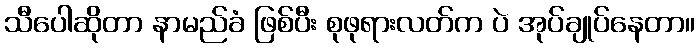
သီပေါဆိုတာ နာမည်ခံ ဖြစ်ပီး စုဖုရားလတ်က ပဲ အုပ်ချုပ်နေတာ။